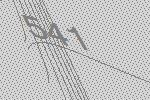
541